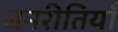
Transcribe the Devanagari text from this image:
जनरीतियाँ